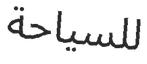
للسياحة